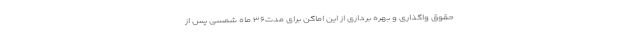
حقوق واگذاری و بهره برداری از این اماگن برای مدت۳۶ ماه شمسی پس از